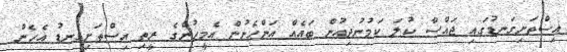
އިސްތަށިގަނޑުގައި ޖައްސާ ކުލަ ކަމުނުދިއުން ބައެއް އަންހެނުން އެމީހުންގެ ރީތި އިސްތަށިގަނޑު އެހެން